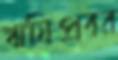
ঋষিপ্রবর